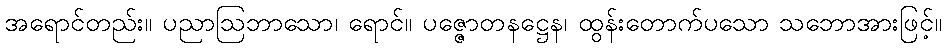
အရောင်တည်း။ ပညာဩဘာသော၊ ရောင်။ ပဇ္ဇောတနဋ္ဌေန၊ ထွန်းတောက်ပသော သဘောအားဖြင့်။